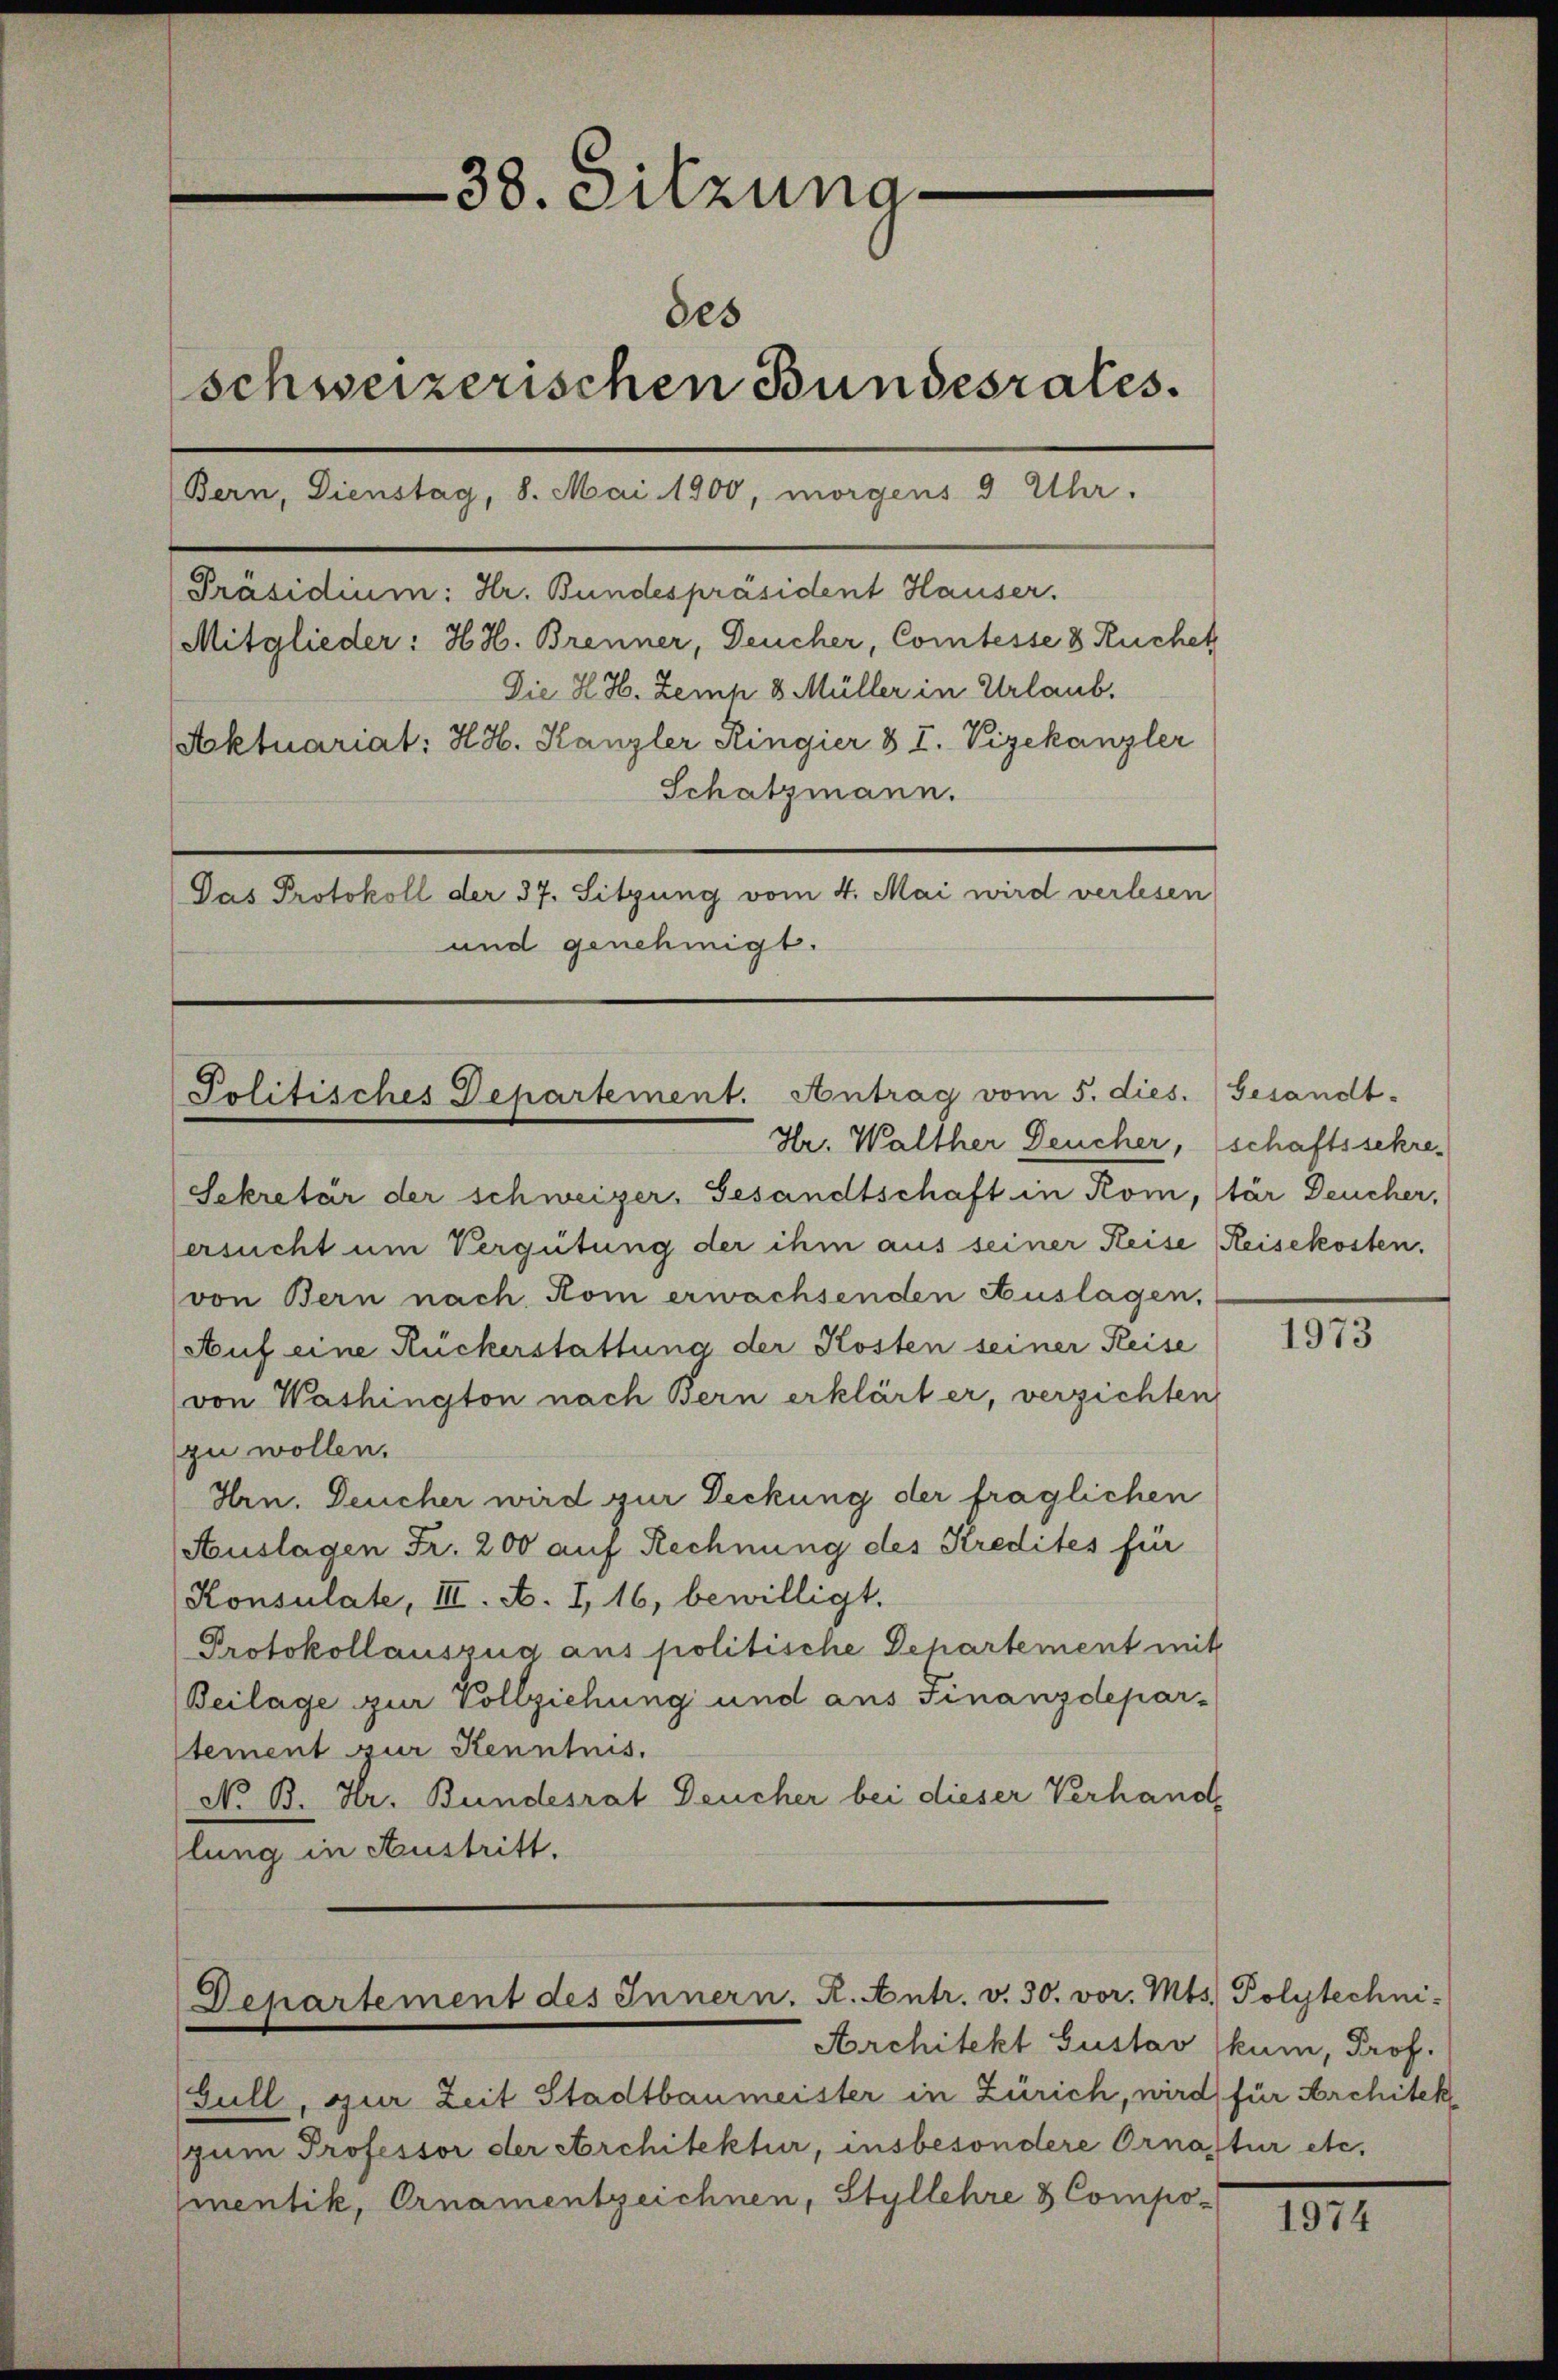
38. Sitzung
des
schweizerischen Bundesrates.
Bern, Dienstag, 8. Mai 1900, morgens 3 Uhr.

[Präsidium: Hr. Bundespräsident Hauser.
Mitglieder: H. H. Brenner, Deucher, Comtesse 8 Ruchet
Die H. H. Zemp 8. Müller in Urlaub.
Aktuariat: H. H. Kanzler Ringier & I. Vizekanzler
Schatzmann.
Das Protokoll der 37. Sitzung vom 4. Mai wird verlesen
und genehmigt.

Politisches Departement. Antrag vom 5. dies.
Hr. Walther Deucher, schaftssekre-

Sekretär der schweizer, Gesandtschaft in Rom, tar Deucher,
ersucht um Vergütung der ihm aus seiner Reise Reisekosten.
von Bern nach Rom erwachsenden Auslagen,
Auf eine Rückerstattung der Kosten seiner Reise
von Washington nach Bern erklärt er, verzichten
zu wollen.
Hrn. Teucher wird zur Deckung der fraglichen
Auslagen Fr. 200 auf Rechnung des Kredites für
Konsulate, III. A. I, 16, bewilligt.
Protokollauszug aus politische Departement mit
Beilage zur Vollziehung und aus Finanzdepar-
stement zur Kenntnis.
No B. Hr. Bundesrat Deucher bei dieser Verhande
lung in Austritt.

Departement des Innern. R. Antr. v. 30. vor. Mts. Polytechni-
Architekt Gustav kum, Prof.

Gull, zur Zeit Stadtbaumeister in Zürich, wird für Architek
(zum Professor der Architektur, insbesondere Ornastur etc.
mentik, Ornamentzeichnen, Styllehre & Compo-

Gesandt.

1973

1974